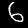
Label: 6